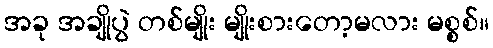
အခု အချိုပွဲ တစ်မျိုး မျိုးစားတော့မလား မစ္စစ်။